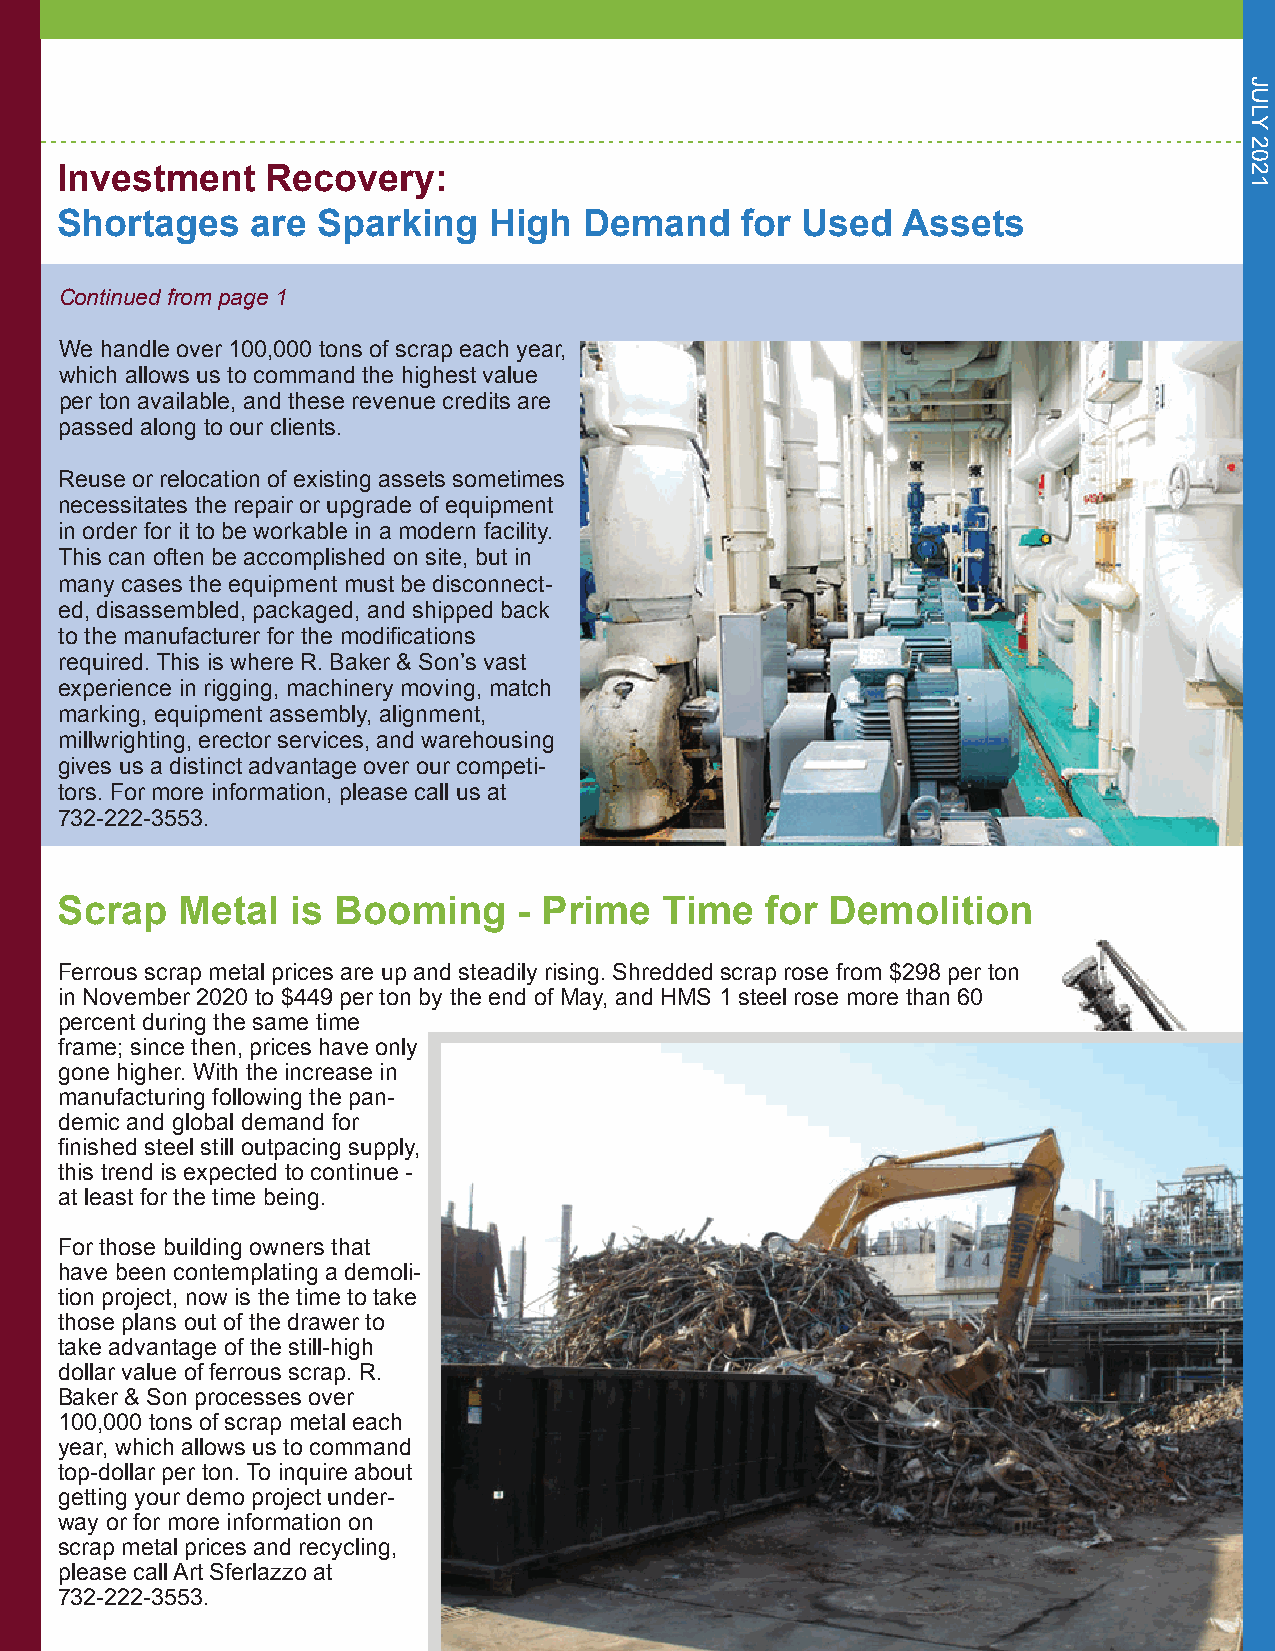
Investment    Recovery:
 Shortages    are Sparking   High   Demand    for Used   Assets
 Continued from page 1
 We handle over 100,000 tons of scrap each year,
 which allows us to command the highest value
 per ton available, and these revenue credits are
 passed along to our clients.
 Reuse or relocation of existing assets sometimes
 necessitates the repair or upgrade of equipment
 in order for it to be workable in a modern facility.
 This can often be accomplished on site, but in
 many cases the equipment must be disconnect-
 ed, disassembled, packaged, and shipped back
 to the manufacturer for the modifications
 required. This is where R. Baker & Son’s vast
 experience in rigging, machinery moving, match
 marking, equipment assembly, alignment,
 millwrighting, erector services, and warehousing
 gives us a distinct advantage over our competi-
 tors. For more information, please call us at
 732-222-3553.
 Scrap   Metal  is Booming     - Prime   Time   for Demolition
 Ferrous scrap metal prices are up and steadily rising. Shredded scrap rose from $298 per ton
 in November 2020 to $449 per ton by the end of May, and HMS 1 steel rose more than 60
 percent during the same time
 frame; since then, prices have only
 gone higher. With the increase in
 manufacturing following the pan-
 demic and global demand for
 finished steel still outpacing supply,
 this trend is expected to continue -
 at least for the time being.
 For those building owners that
 have been contemplating a demoli-
 tion project, now is the time to take
 those plans out of the drawer to
 take advantage of the still-high
 dollar value of ferrous scrap. R.
 Baker & Son processes over
 100,000 tons of scrap metal each
 year, which allows us to command
 top-dollar per ton. To inquire about
 getting your demo project under-
 way or for more information on
 scrap metal prices and recycling,
 please call Art Sferlazzo at
 732-222-3553.
 JULY
 2021